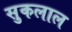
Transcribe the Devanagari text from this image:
सुकलाल